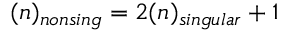
( n ) _ { n o n s i n g } = 2 ( n ) _ { s i n g u l a r } + 1